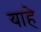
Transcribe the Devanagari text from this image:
याहे